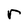
Character: r